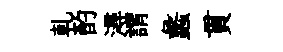
乹酌潯謂蠡貫